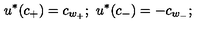
u ^ { * } ( c _ { + } ) = c _ { w _ { + } } ; \ u ^ { * } ( c _ { - } ) = - c _ { w _ { - } } ;